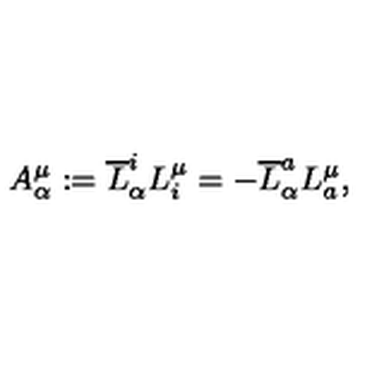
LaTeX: A _ { \alpha } ^ { \mu } : = \overline { { L } } _ { \alpha } ^ { i } L _ { i } ^ { \mu } = - \overline { { L } } _ { \alpha } ^ { a } L _ { a } ^ { \mu } ,